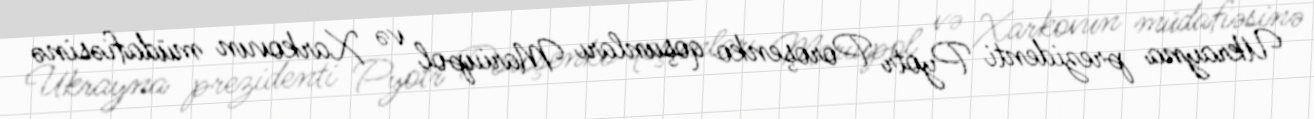
Ukrayna prezidenti Pyotr Poroşenko qoşunları Mariupol və Xarkovun müdafiəsinə